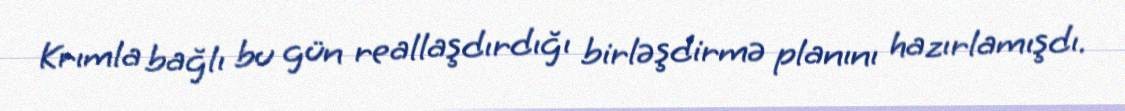
Krımla bağlı bu gün reallaşdırdığı birləşdirmə planını hazırlamışdı.